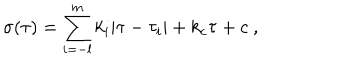
\sigma ( \tau ) = \sum _ { i = - l } ^ { m } k _ { i } | \tau - \tau _ { i } | + k _ { c } \tau + c ~ , ~ \,